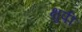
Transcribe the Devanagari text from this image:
क्षुपी